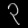
Digit: ၃